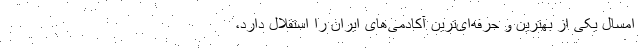
امسال یکی از بهترین و حرفه‌ای‌ترین آکادمی‌های ایران را استقلال دارد،